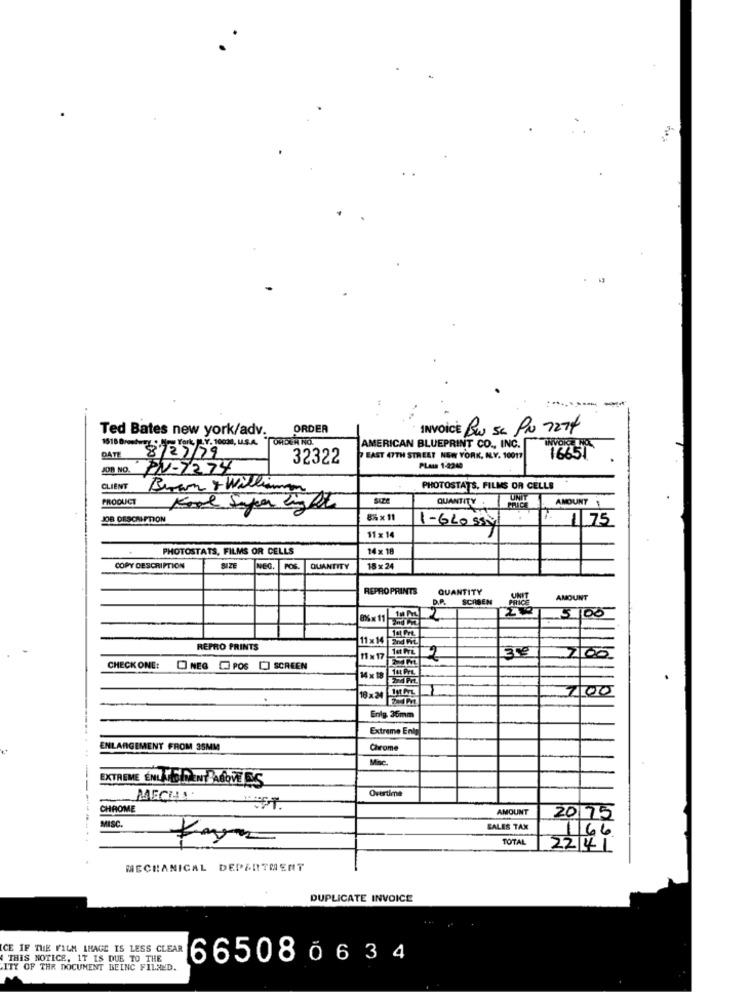
Ted Bates new york/adv.
ORDER
INVOICE BW Se PU 7274
ork FLY. 10030, U.S.A.
OHDEN NO.
AMERICAN BLUEPRINT CO ., INC.
INVORNOL
8/25/79
32322
EAST 47TH STREET NEW YORK, ILY. 10017
16651
JOB NO.
PN-7274
PLass 1-2249
CLIENT
Brown & William
PHOTOSTATS, FILMS OR CELLE
PRODUCT
SIZE
QUANTITY.
UNIT
AMOUNT
JOB DESCRIPTION
8%x11
1-GLOssy
1 75
11 x 14
PHOTOSTATS, FILMS OR CELLS
14 x 18
COPY DESCRIPTION
SIZE
QUANTITY
18 x2
REPRO PRINTS
QUANTITY
UNIT
D.A.
SCRSEN
AMOUNT
5. 00
11 X 14
REPRO PRINTS
CHECK ONE:
NEG POS CI SCREEN
700
18x24
Enig 36mm
Extreme Enty
ENLARGEMENT FROM 35MM
Chrome
Mic
EXTREME ENLAMEDZENY ABOVE ES
Overtime
MECHS.
CHROME
EST.
AMOUNT
MISC.
20 75
SALES TAX
1/66
TOTAL
2241
MECHANICAL DEPARTMENT
DUPLICATE INVOICE
CE IF THE FILM IMAGE IS LESS CLEAR
THIS NOTICE, IT IS DUE TO THE
665080634
ITY OF THR DOCUMENT BEING FILMED.